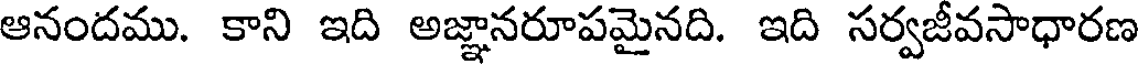
ఆనందము. కాని ఇది అజ్ఞానరూపమైనది. ఇది సర్వజీవసాధారణ